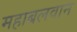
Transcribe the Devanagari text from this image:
महाबलवान